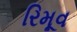
રિમૂવ